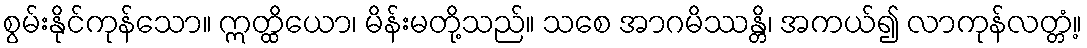
စွမ်းနိုင်ကုန်သော။ ဣတ္ထိယော၊ မိန်းမတို့သည်။ သစေ အာဂမိဿန္တိ၊ အကယ်၍ လာကုန်လတ္တံ့။